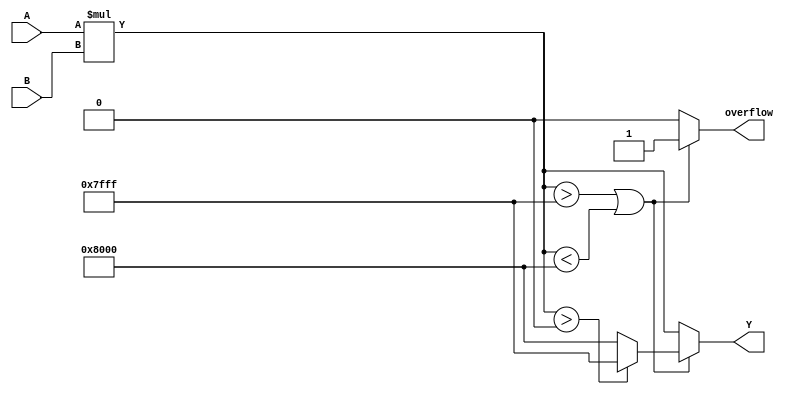
module Param_Multiplier #(
    parameter WIDTH_A = 8,  // Width of input A
    parameter WIDTH_B = 8   // Width of input B
)(
    input  signed [WIDTH_A-1:0] A,  // Input operand A
    input  signed [WIDTH_B-1:0] B,  // Input operand B
    output reg signed [WIDTH_A + WIDTH_B - 1:0] Y,  // Output product Y
    output reg overflow  // Overflow flag
);

    // Calculate the product and handle overflow
    always @(*) begin
        // Perform multiplication
        Y = A * B;

        // Check for overflow
        if (Y > (1 << (WIDTH_A + WIDTH_B - 1)) - 1 || Y < -(1 << (WIDTH_A + WIDTH_B - 1))) begin
            overflow = 1'b1;  // Set overflow flag
            // Saturate output
            if (Y > 0)
                Y = (1 << (WIDTH_A + WIDTH_B - 1)) - 1;  // Max positive value
            else
                Y = -(1 << (WIDTH_A + WIDTH_B - 1));  // Max negative value
        end else begin
            overflow = 1'b0;  // No overflow
        end
    end

endmodule